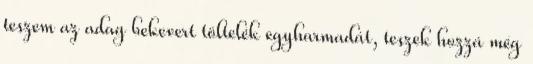
teszem az adag bekevert töltelék egyharmadát, teszek hozzá még